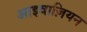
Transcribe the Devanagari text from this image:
आइवाज़ियन